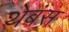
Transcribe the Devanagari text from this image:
थेबंस